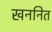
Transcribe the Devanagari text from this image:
खननित